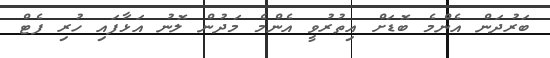
ބަރުދަން އެންމެ ބޮޑަށް އިތުރުވީ އެންމެ މަދުން ލޮނު އަޅާފައި ހުރި ފެޓް